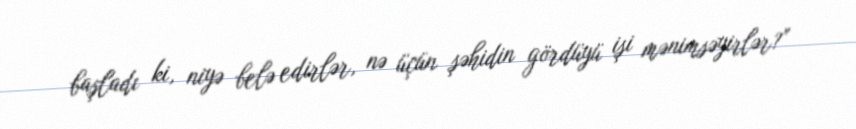
başladı ki, niyə belə edirlər, nə üçün şəhidin gördüyü işi mənimsəyirlər?”